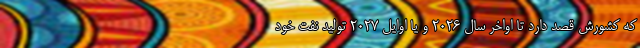
که کشورش قصد دارد تا اواخر سال ۲۰۲۶ و یا اوایل ۲۰۲۷ تولید نفت خود